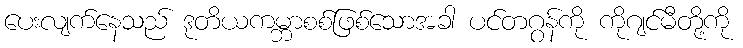
ပေးလျက်နေသည် ဒုတိယကမ္ဘာစစ်ဖြစ်သောအခါ ပင်တဂွန်ကို ကိုဂျင်မီတို့ကို